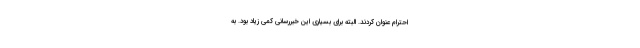
احترام عنوان کردند. البته برای بسیاری این خبررسانی کمی زیاد بود. به